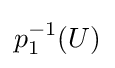
p_{1}^{-1}(U)